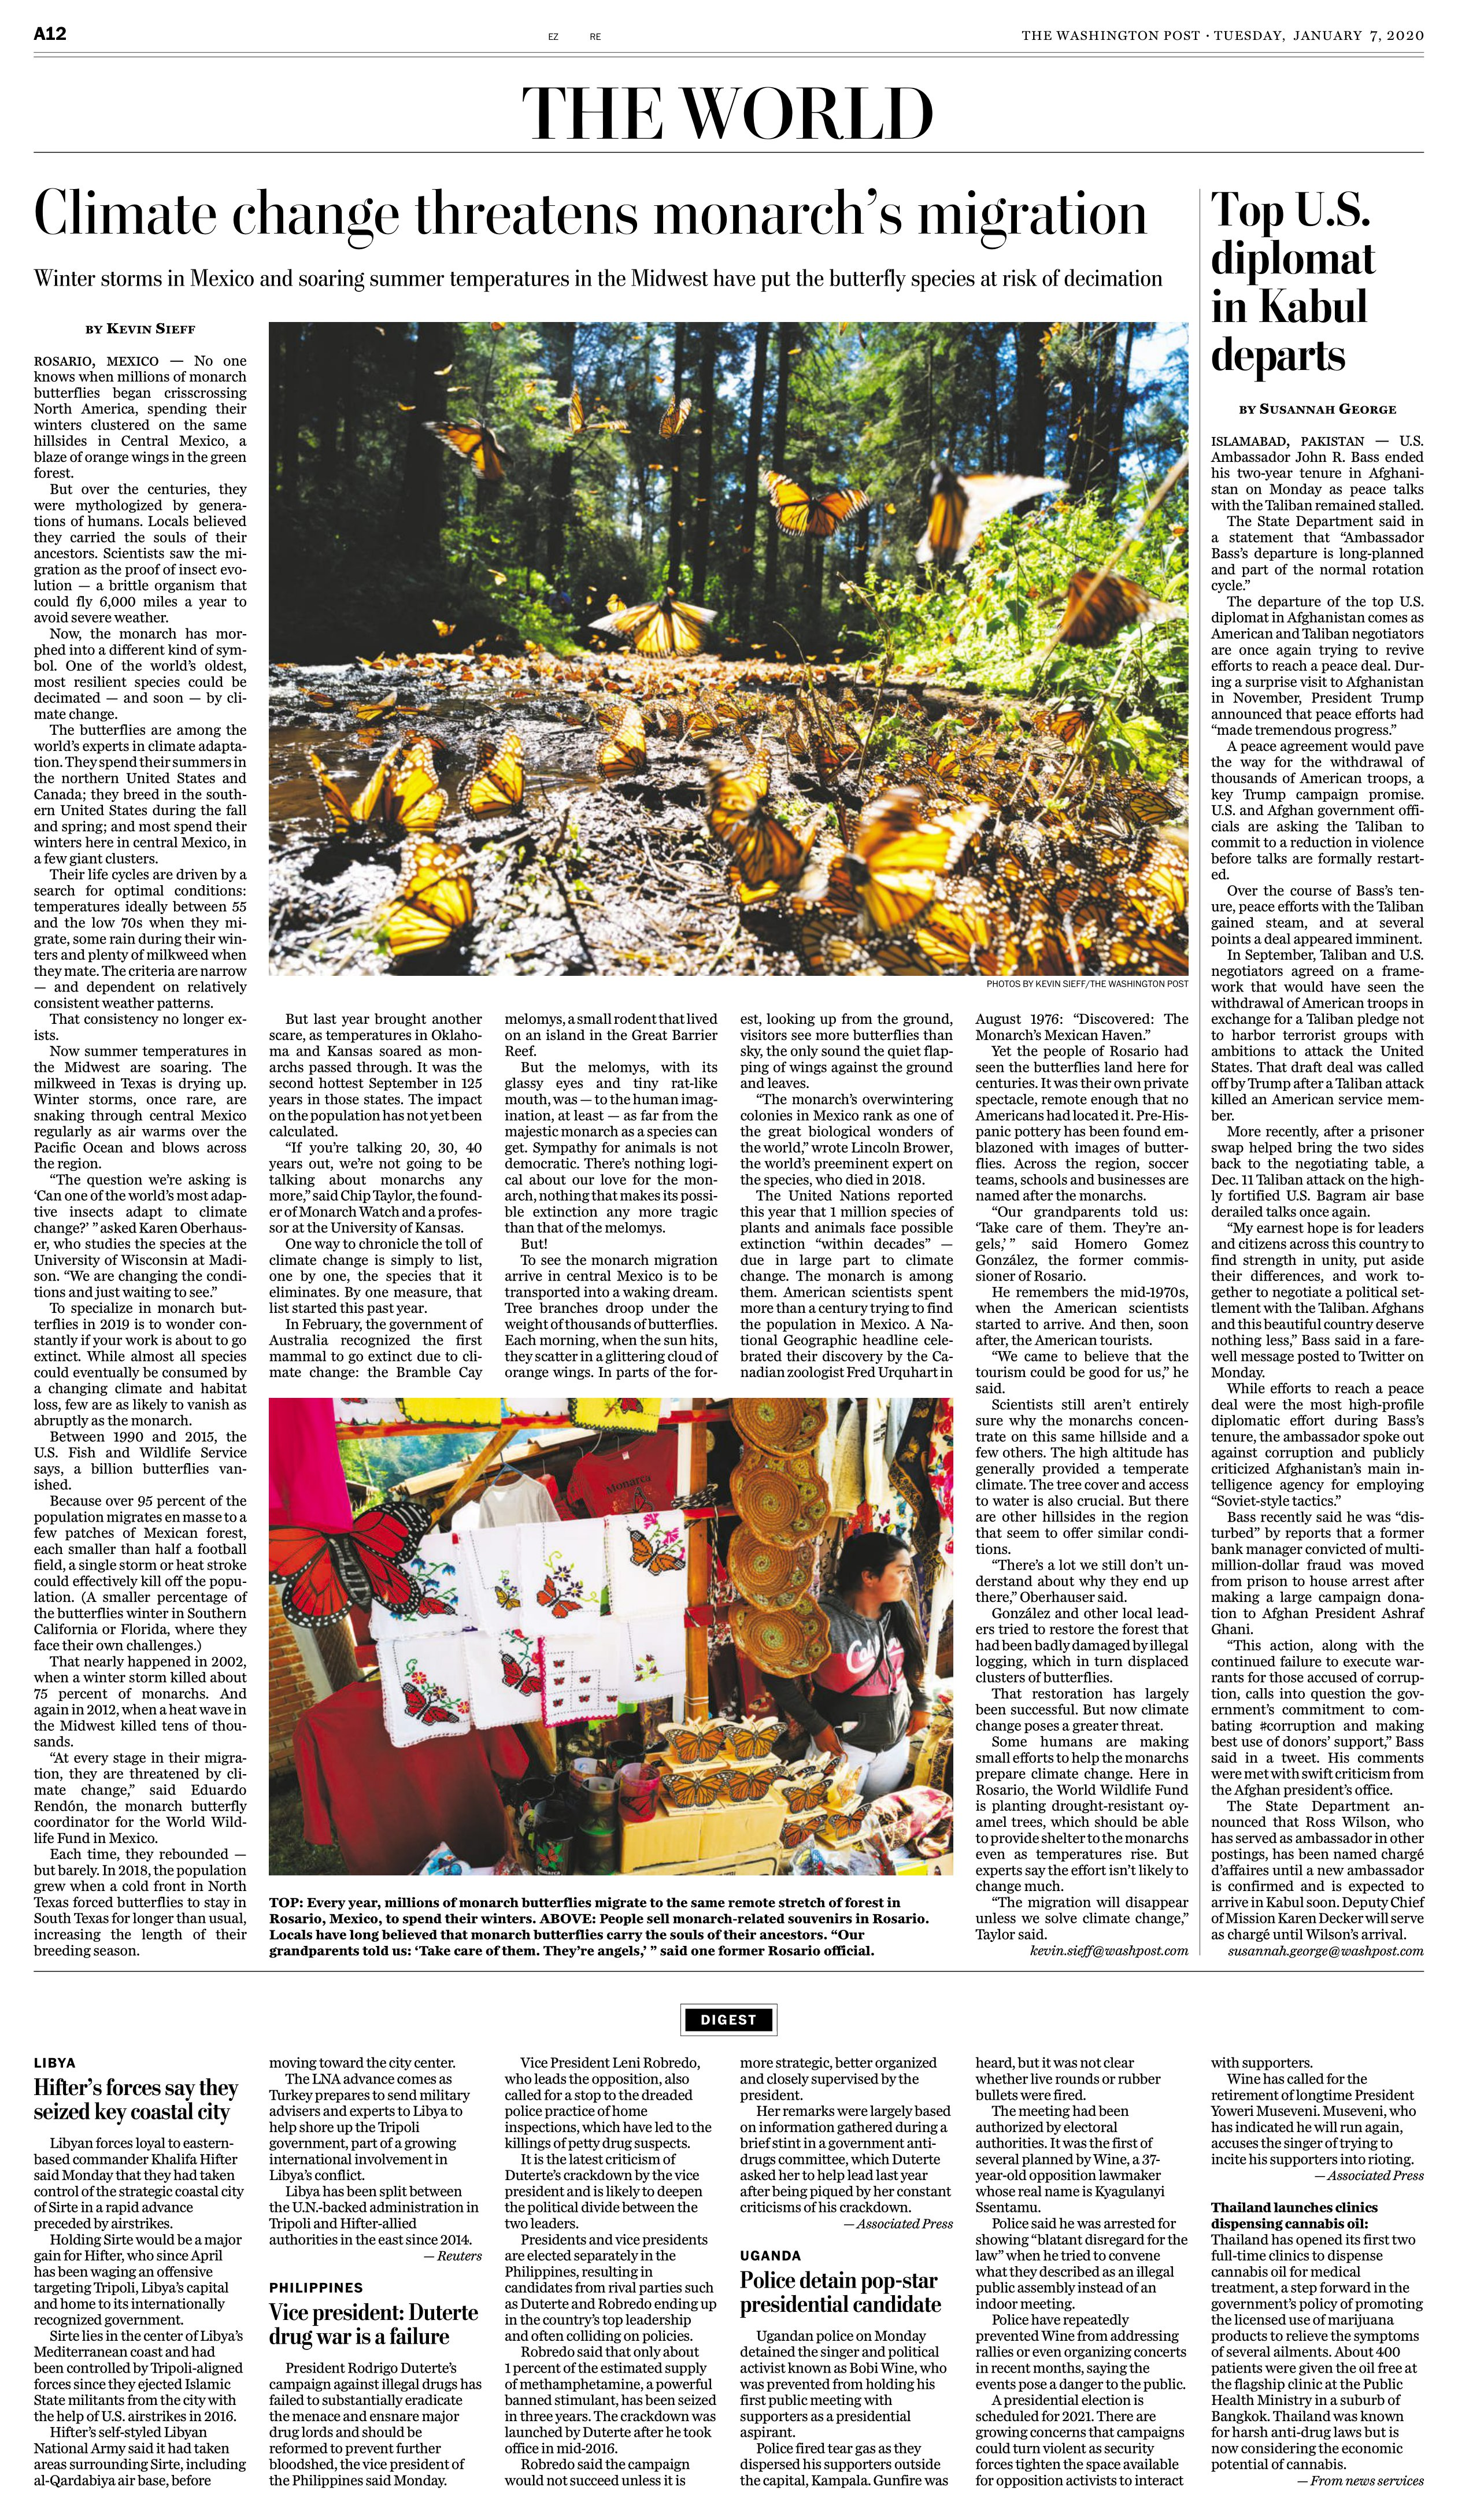
Language: en